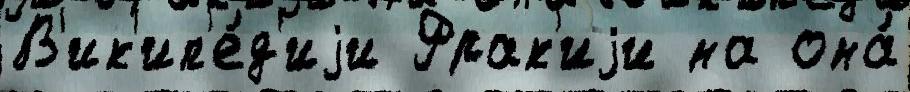
В'ик'ип'е́д'иjи Фрак'иjи на она́